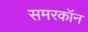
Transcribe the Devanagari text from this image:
समरकॉन